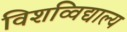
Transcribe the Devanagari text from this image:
विशव्विद्याल्य